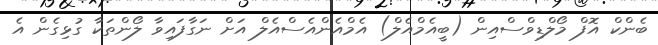
ބެންކް އޮފް މޯލްޑިވްސްއިން (ބީއެމްއެލް) އެމްއެންއެސްއެލް އަށް ނަގާފައިވާ ލޯންތަކާ ގުޅިގެން އެ